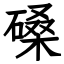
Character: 磉